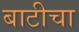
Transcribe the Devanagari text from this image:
बाटीचा